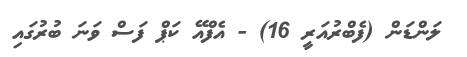
ލަންޑަން (ފެބްރުއަރީ 16) - އެފްއޭ ކަޕް ފަސް ވަނަ ބުރުގައި